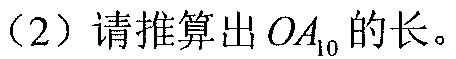
（2）请推算出 \(OA_{10}\) 的长。